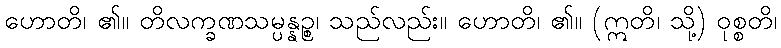
ဟောတိ၊ ၏။ တိလက္ခဏသမ္ပန္နဉ္စ၊ သည်လည်း။ ဟောတိ၊ ၏။ (ဣတိ၊ သို့) ဝုစ္စတိ၊